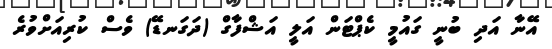
އޭނާ އަދި ބުނީ ގައުމީ ކެޕްޓަން އަލީ އަޝްފާގް (ދަގަނޑޭ) ވެސް ކުރިއަށްވުރެ